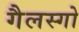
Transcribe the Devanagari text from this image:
गैलस्गो